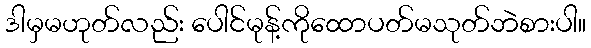
ဒါမှမဟုတ်လည်း ပေါင်မုန့်ကိုထောပတ်မသုတ်ဘဲစားပါ။